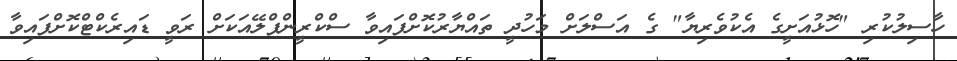
ހާސިލުކުރި "ހޮޅުއަށީގެ އެކުވެރިޔާ" ގެ އަސްލަށް މަހުދީ ތައްޔާރުކޮށްފައިވާ ސްކްރީންޕްލޭއަކަށް ރަވީ ޑައިރެކްޓްކޮށްފައިވާ